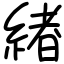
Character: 緖